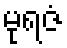
မုရဇံ